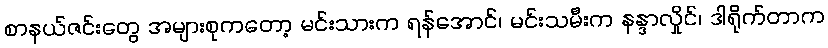
စာနယ်ဇင်းတွေ အများစုကတော့ မင်းသားက ရန်အောင်၊ မင်းသမီးက နန္ဒာလှိုင်၊ ဒါရိုက်တာက